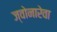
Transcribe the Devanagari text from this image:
ज्वोनारेवा